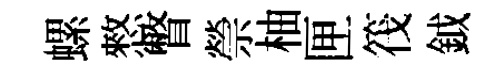
螺憗瞥禜柚匣筏鉞